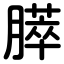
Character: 膵